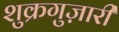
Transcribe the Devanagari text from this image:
शुक्रगुज़ारी